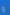
و